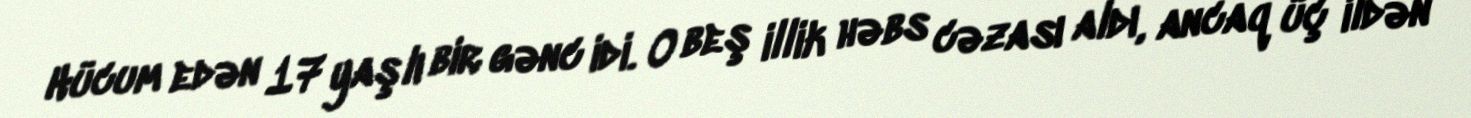
Hücum edən 17 yaşlı bir gənc idi. O beş illik həbs cəzası aldı, ancaq üç ildən